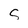
Character: S